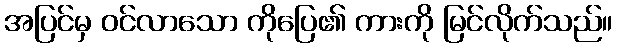
အပြင်မှ ဝင်လာသော ကိုပြေ၏ ကားကို မြင်လိုက်သည်။